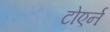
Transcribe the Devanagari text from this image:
टोएर्न